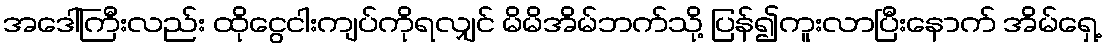
အဒေါ်ကြီးလည်း ထိုငွေငါးကျပ်ကိုရလျှင် မိမိအိမ်ဘက်သို့ ပြန်၍ကူးလာပြီးနောက် အိမ်ရှေ့